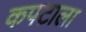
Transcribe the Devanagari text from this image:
कपटाला